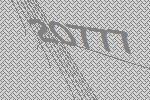
20777